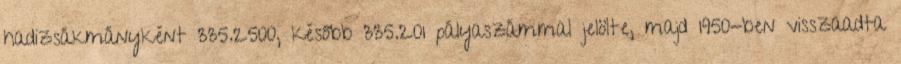
hadizsákmányként 335.2500, később 335.201 pályaszámmal jelölte, majd 1950-ben visszaadta